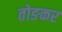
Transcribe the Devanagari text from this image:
तोङकर